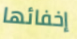
إخفائها